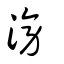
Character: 滂